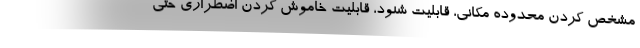
مشخص کردن محدوده مکانی، قابلیت شنود، قابلیت خاموش کردن اضطراری حتی